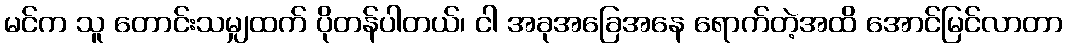
မင်က သူ တောင်းသမျှထက် ပိုတန်ပါတယ်၊ ငါ အခုအခြေအနေ ရောက်တဲ့အထိ အောင်မြင်လာတာ